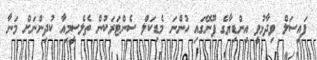
ފައިސަލް ވިދާޅުވީ އިންޑިޔާގެ ޕޫނޭގައި ހުންނަ މެޑިކަލް ސެންޓަރަކުން ތެލެސީމިއާ ކުދިންނަށް މަނާ